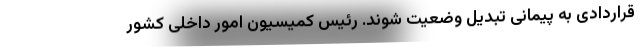
قراردادی به پیمانی تبدیل وضعیت شوند. رئیس کمیسیون امور داخلی کشور